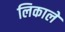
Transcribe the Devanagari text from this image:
लिकाले